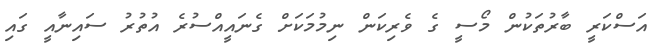
އަސްކަރީ ބާރުތަކުން މޯސީ ގެ ވެރިކަން ނިމުމަކަށް ގެނައީއްސުރެ އުތުރު ސައިނާއީ ގައި